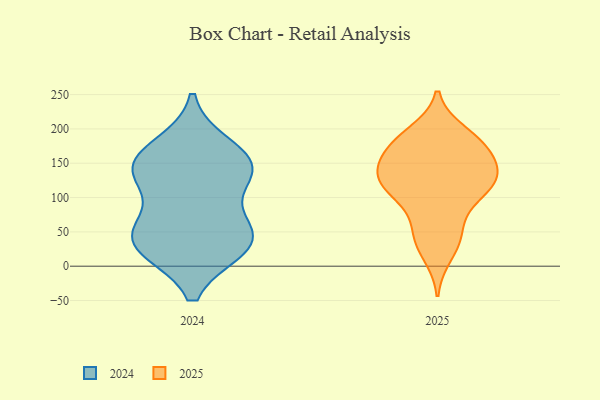
{"axis": {"x": "Tickets Resolved", "y": "Value"}, "legend": ["2024", "2025"], "data": [{"x": "", "y": 172, "type": "2025"}, {"x": "", "y": 181, "type": "2025"}, {"x": "", "y": 132, "type": "2025"}, {"x": "", "y": 116, "type": "2025"}, {"x": "", "y": 126, "type": "2025"}, {"x": "", "y": 120, "type": "2025"}, {"x": "", "y": 117, "type": "2025"}, {"x": "", "y": 53, "type": "2025"}, {"x": "", "y": 142, "type": "2025"}, {"x": "", "y": 93, "type": "2025"}, {"x": "", "y": 182, "type": "2025"}, {"x": "", "y": 147, "type": "2025"}, {"x": "", "y": 17, "type": "2025"}, {"x": "", "y": 135, "type": "2025"}, {"x": "", "y": 194, "type": "2025"}, {"x": "", "y": 184, "type": "2025"}, {"x": "", "y": 104, "type": "2025"}, {"x": "", "y": 165, "type": "2025"}, {"x": "", "y": 37, "type": "2025"}, {"x": "", "y": 48, "type": "2025"}, {"x": "", "y": 29, "type": "2024"}, {"x": "", "y": 54, "type": "2024"}, {"x": "", "y": 55, "type": "2024"}, {"x": "", "y": 28, "type": "2024"}, {"x": "", "y": 173, "type": "2024"}, {"x": "", "y": 136, "type": "2024"}, {"x": "", "y": 33, "type": "2024"}, {"x": "", "y": 145, "type": "2024"}, {"x": "", "y": 135, "type": "2024"}, {"x": "", "y": 147, "type": "2024"}]}